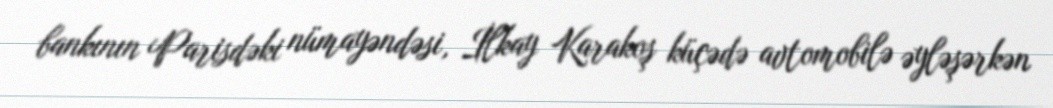
bankının Parisdəki nümayəndəsi, İlkay Karakoş küçədə avtomobilə əyləşərkən